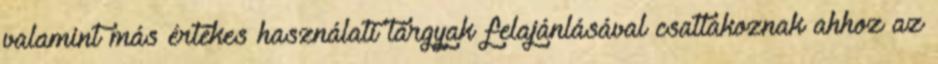
valamint más értékes használati tárgyak felajánlásával csatlakoznak ahhoz az